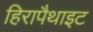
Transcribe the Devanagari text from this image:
हिरापैथाइट